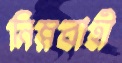
নিম্নবাহী